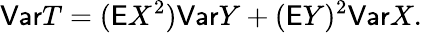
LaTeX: \mathsf{Var}T=(\mathsf EX^{2})\mathsf{Var}Y+(\mathsf EY)^{2}\mathsf{Var}X.